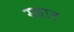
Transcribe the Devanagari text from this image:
स्म्राट